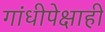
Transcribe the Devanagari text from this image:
गांधीपेक्षाही